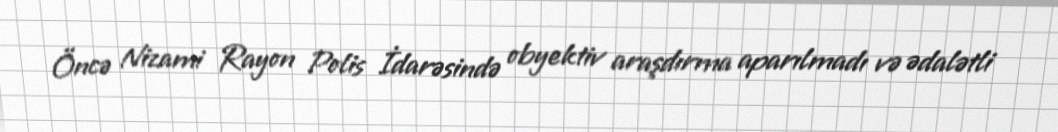
Öncə Nizami Rayon Polis İdarəsində obyektiv araşdırma aparılmadı və ədalətli